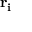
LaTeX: \mathbf { r _ { i } }